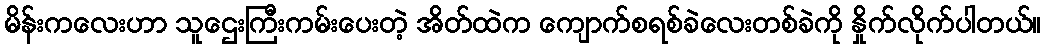
မိန်းကလေးဟာ သူဌေးကြီးကမ်းပေးတဲ့ အိတ်ထဲက ကျောက်စရစ်ခဲလေးတစ်ခဲကို နှိုက်လိုက်ပါတယ်။